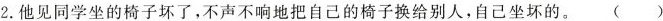
2.他见同学坐的椅子坏了，不声不响地把自己的椅子换给别人，自己坐坏的。 ()